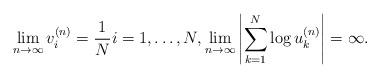
LaTeX: \begin{align*}\lim_{n\to\infty}v_i^{(n)} = \frac{1}{N}i=1,\ldots,N,\lim_{n\to\infty}\left|\sum_{k=1}^N\log u_k^{(n)} \right| = \infty .\end{align*}